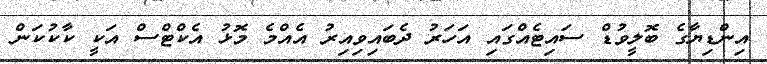
އިންޑިޔާގެ ބޮލީވުޑް ސައިޓެއްގައި އަހަރު ދެބައިވިއިރު އެއްމެ މޮޅު އެކްޓްސް އަކީ ކާކުކަން